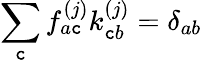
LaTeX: \sum_{\mathtt{c}}\mathcal{{f}}_{a\mathtt{c}}^{(j)}\mathcal{{k}}_{\mathtt{c}b}^{(j)}=\delta_{ab}